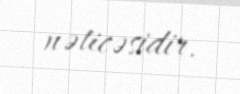
nəticəsidir.